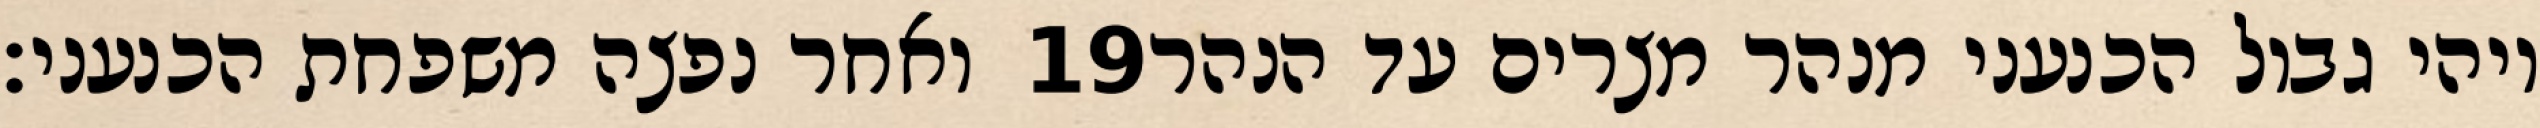
ואחר נפצה משפחת הכנעני׃ ‎19‏ ויהי גבול הכנעני מנהר מצרים עד הנהר